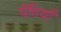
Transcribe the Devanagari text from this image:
पेंठियाँ